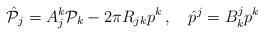
LaTeX: \begin{align*}\hat {\cal P}_{j} = A_{j}^{k}{\cal P}_{k} - 2\pi R_{jk}p^{k}\, , \quad \hat p^{j} = B^{j}_{k}p^{k}\end{align*}